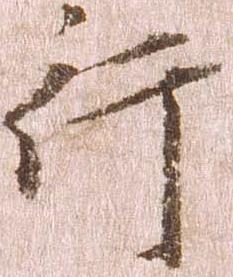
行